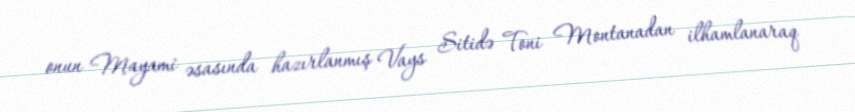
onun Mayami əsasında hazırlanmış Vays Sitidə Toni Montanadan ilhamlanaraq